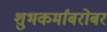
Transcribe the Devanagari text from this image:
शुभकर्मांबरोबर